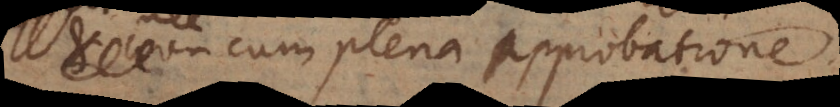
cum plena approbatione.